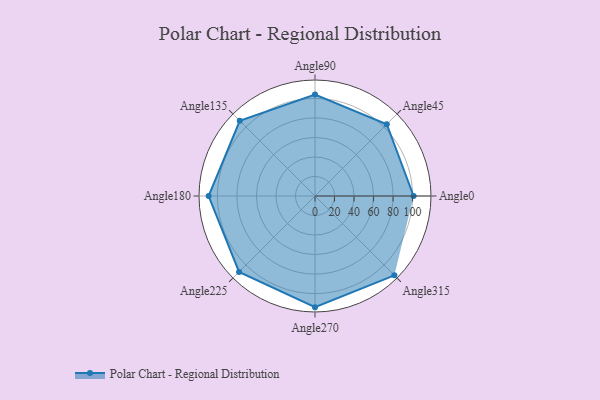
{"axis": {"x": "Angle", "y": "Radius"}, "legend": [""], "data": [{"x": "Angle0", "y": 101.0, "type": ""}, {"x": "Angle45", "y": 104.0, "type": ""}, {"x": "Angle90", "y": 104.0, "type": ""}, {"x": "Angle135", "y": 109.0, "type": ""}, {"x": "Angle180", "y": 109.0, "type": ""}, {"x": "Angle225", "y": 110.0, "type": ""}, {"x": "Angle270", "y": 114.0, "type": ""}, {"x": "Angle315", "y": 115.0, "type": ""}]}